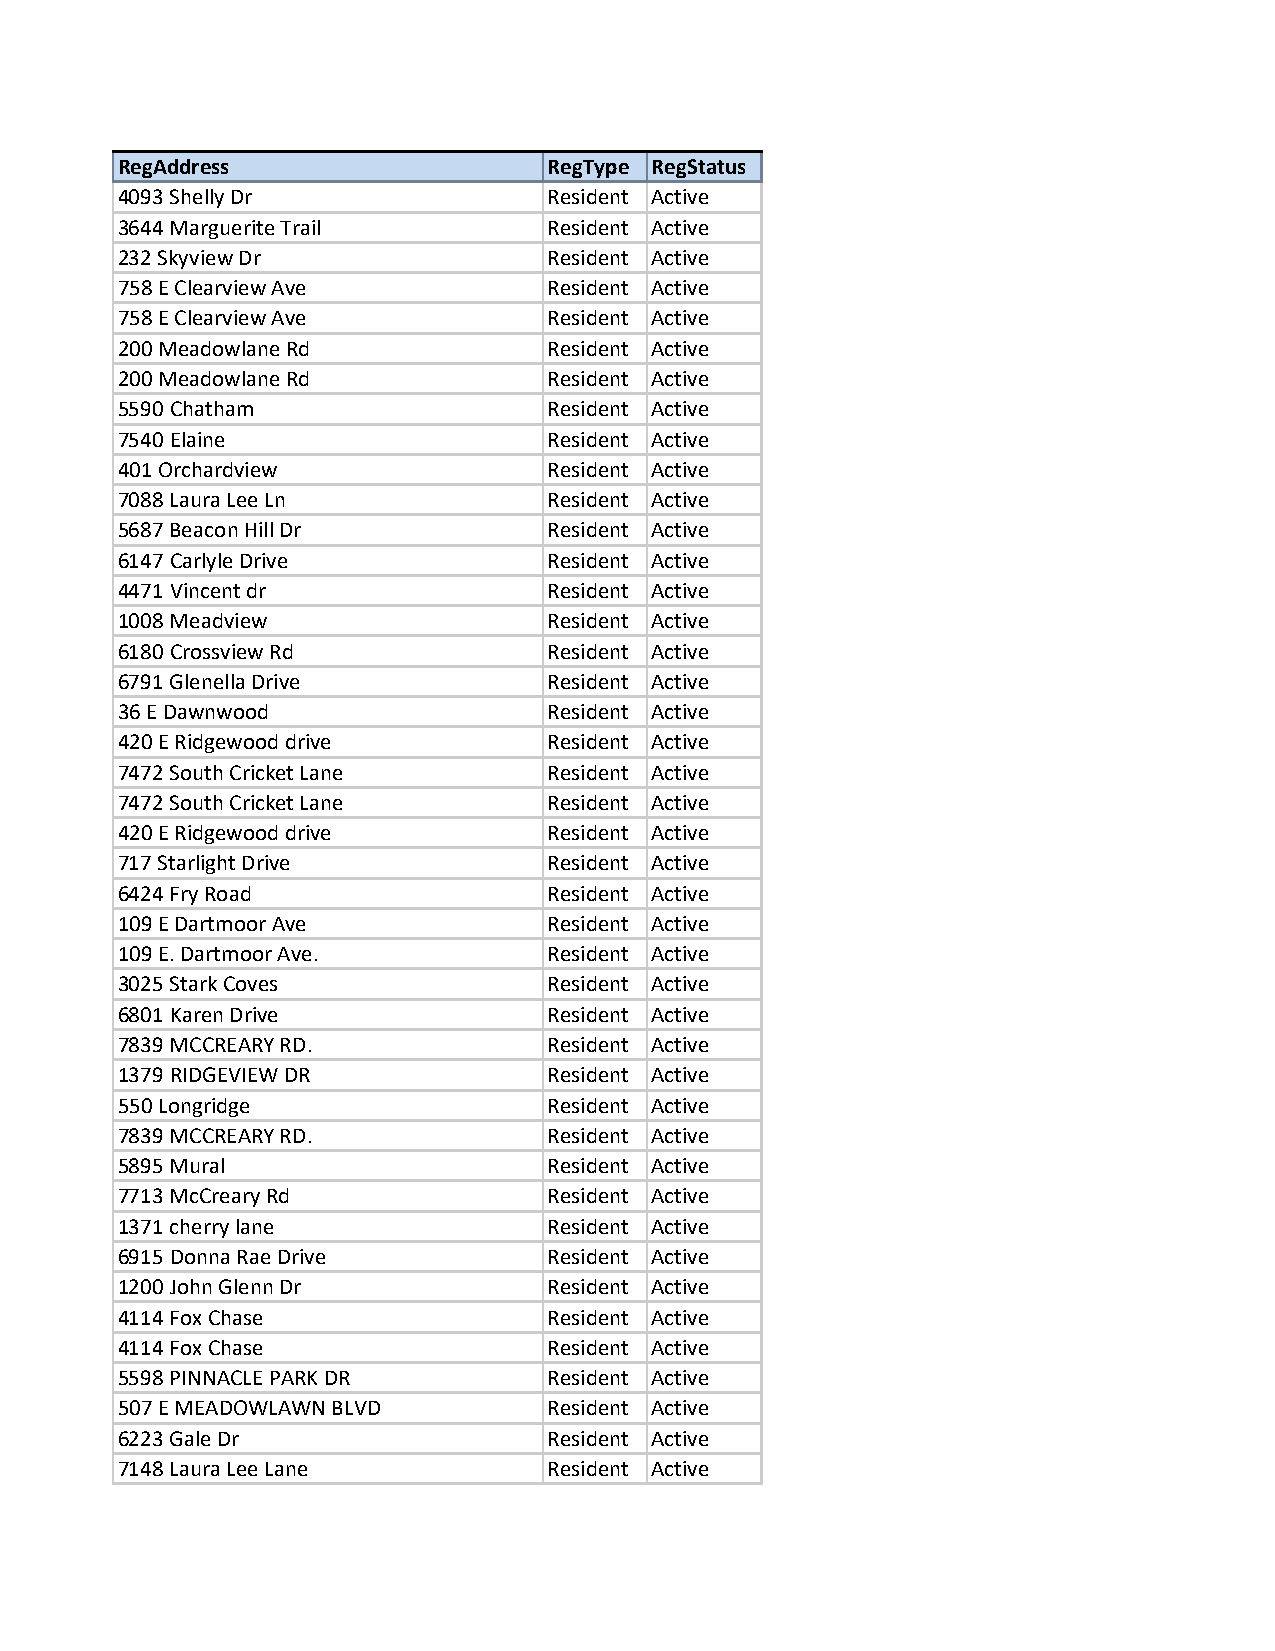
RegAddress                  RegType RegStatus
 4093 Shelly Dr              Resident Active
 3644 Marguerite Trail       Resident Active
 232 Skyview Dr              Resident Active
 758 E Clearview Ave         Resident Active
 758 E Clearview Ave         Resident Active
 200 Meadowlane Rd           Resident Active
 200 Meadowlane Rd           Resident Active
 5590 Chatham                Resident Active
 7540 Elaine                 Resident Active
 401 Orchardview             Resident Active
 7088 Laura Lee Ln           Resident Active
 5687 Beacon Hill Dr         Resident Active
 6147 Carlyle Drive          Resident Active
 4471 Vincent dr             Resident Active
 1008 Meadview               Resident Active
 6180 Crossview Rd           Resident Active
 6791 Glenella Drive         Resident Active
 36 E Dawnwood               Resident Active
 420 E Ridgewood drive       Resident Active
 7472 South Cricket Lane     Resident Active
 7472 South Cricket Lane     Resident Active
 420 E Ridgewood drive       Resident Active
 717 Starlight Drive         Resident Active
 6424 Fry Road               Resident Active
 109 E Dartmoor Ave          Resident Active
 109 E. Dartmoor Ave.        Resident Active
 3025 Stark Coves            Resident Active
 6801 Karen Drive            Resident Active
 7839 MCCREARY RD.           Resident Active
 1379 RIDGEVIEW DR           Resident Active
 550 Longridge               Resident Active
 7839 MCCREARY RD.           Resident Active
 5895 Mural                  Resident Active
 7713 McCreary Rd            Resident Active
 1371 cherry lane            Resident Active
 6915 Donna Rae Drive        Resident Active
 1200 John Glenn Dr          Resident Active
 4114 Fox Chase              Resident Active
 4114 Fox Chase              Resident Active
 5598 PINNACLE PARK DR       Resident Active
 507 E MEADOWLAWN BLVD       Resident Active
 6223 Gale Dr                Resident Active
 7148 Laura Lee Lane         Resident Active